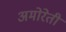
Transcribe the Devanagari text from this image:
अमोरेती